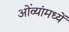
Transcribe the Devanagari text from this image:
ओंव्यांमध्यें